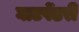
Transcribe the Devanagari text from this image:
घाटपेंढरी